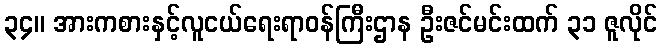
၃၄။ အားကစားနှင့်လူငယ်ရေးရာဝန်ကြီးဌာန ဦးဇင်မင်းထက် ၃၁ ဇူလိုင်